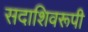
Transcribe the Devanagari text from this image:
सदाशिवरूपी